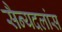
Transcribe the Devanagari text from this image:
सैन्यदलांस